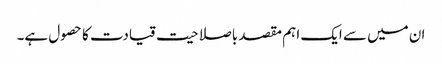
ان میں سے ایک اہم مقصد باصلاحیت قیادت کا حصول ہے۔